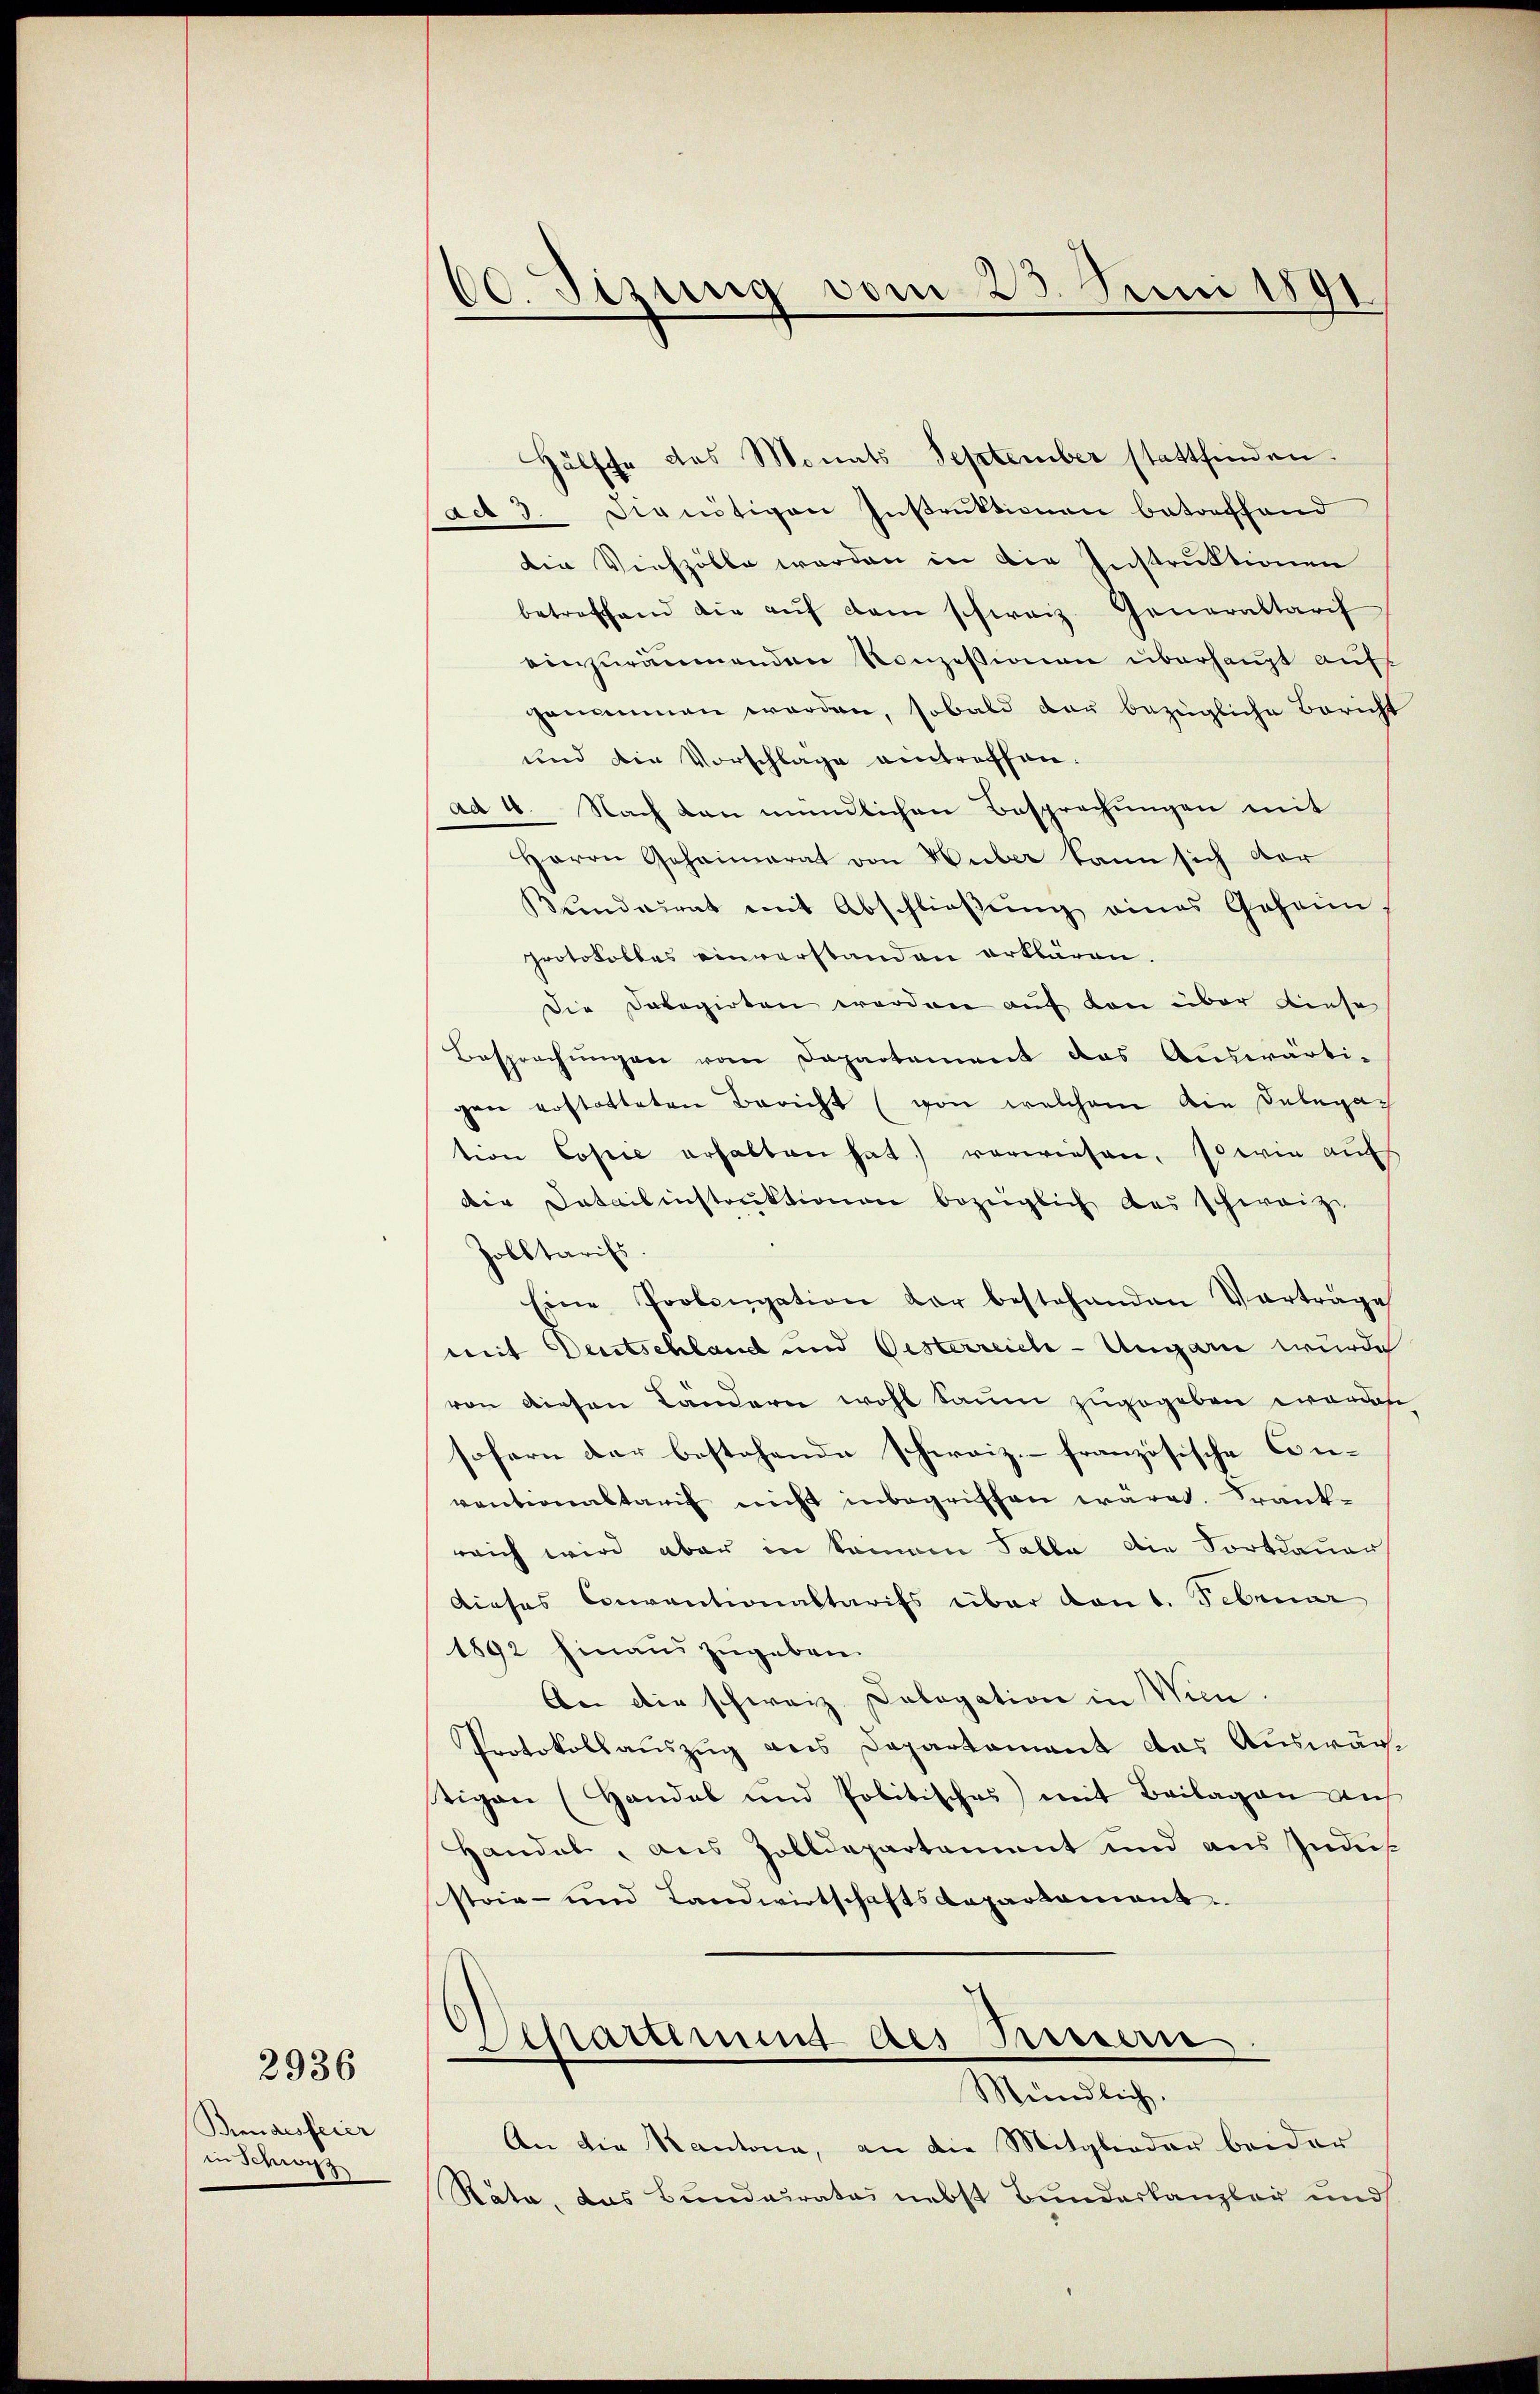
Bindesfeier
in Schwyz

2936

60. Sizung vom 23. Juni 1891

Hälfte des Monats September stattfinden.
act 3. Dienötigen Instruktionen betreffend
die Viehzölle werden in die Instruktionen
betreffend die aŭf dem schweiz. Generaltarif
einzuräumenden Konzessionen überhaupt auf
grimmen worden, sobald der bezügliche Bericht
und die Vorschlage eintreffen.
ad 4. Nach den mündlichen Besprechungen mit
Herrn Gehaimarat von Huber kann sich der
Kundeirat mit Abschließung eines Gehainprotokolles einverstanden erklären.
Die Dabogirten worden auf den über diese
Besprechŭngen vom Departement das Auswärti-
gen erstatteten Bericht (von welchem die Delegar
tion Copie erhalten hat. vorwiesen, sowie auf
die Datailinstruktionen bezüglich des schweize
solltarifs.
Eine Probengation der bestehenden Vortrage
mit Deutschland und Oesterreich-Ungarn wurde
von diesen Ländern wohl kaum zugegeben worden
sofern der bestehende schweiz.- französische Con-
ventionaltarif nicht inbegriffen wären. Frankreich wird aber in keinem Falle die Fortdauer
dieses Conventionaltarifs über von 1. Februar
1892 hinaus zugeben.
An die schweiz. Cologation in Wien.
Protokollauszug aus Departament das Auswägtigen (Handab und Politisches) mit Beilagen auf
Handel, aus Zolldepartement und aus Indi
strie- und Landwirtschaftsdepartament.
Schattenung des Presserie
Mündlich.
An die Kantona, an die Mitglieder beider
Räte, das Bundeirates nebst Bundeskanzley und